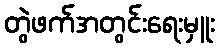
တွဲဖက်အတွင်းရေးမှူး